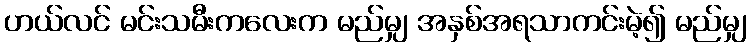
ဟယ်လင် မင်းသမီးကလေးက မည်မျှ အနှစ်အရသာကင်းမဲ့၍ မည်မျှ